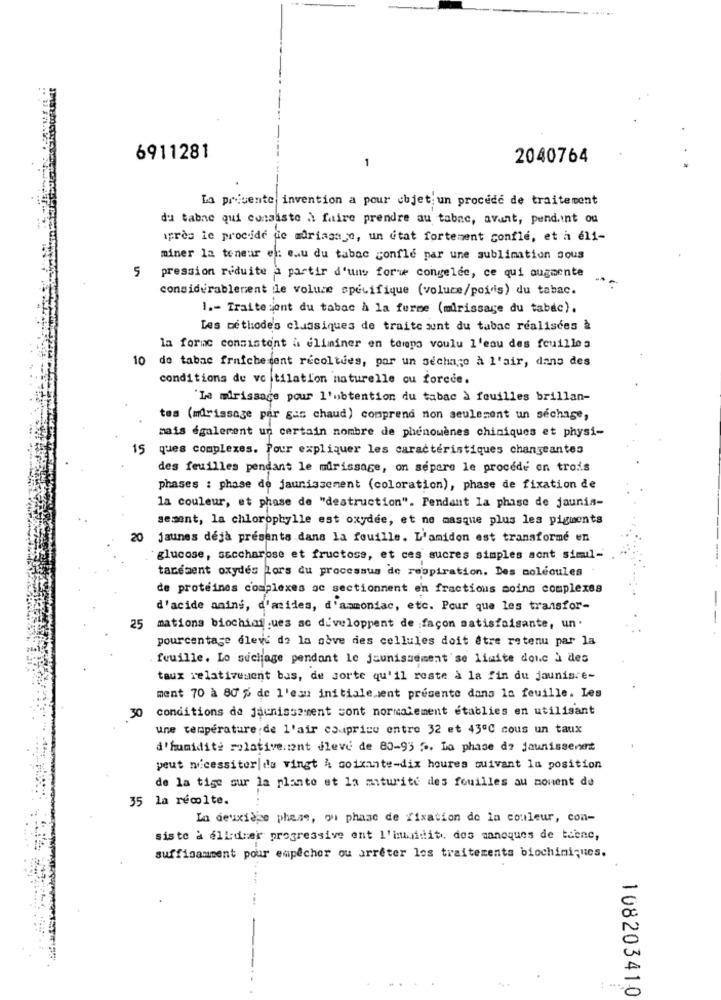
6911281
1
2040764
La privente invention a pour objet un procede de traitement
du tabne qui consiste à faire prendre au tabac, avant, pendant ou
après le procide de mariasa o, un état fortement confle, et a él1-
miner la teneur el: eau du tabac gonfle par une sublimation sous
5
pression réduite à partir d'uns forwe congelée, ce qui augmente
considérablement le volume spécifique (voluce/poids) du tabac.
1 .- Traite sont du tabac à la ferme (mirissage du tabac).
Les méthodes classiques de traite sunt du tabac réalisées à
la fornc consistent à éliminer en torno voulu l'eau des feuilles
10 de tabac fraichesent recoltues, por un séchage à l'air, dans des
conditions de vo tilation naturelle ou forcce.
'Le mirissage pour l'obtention du tabac à feuilles brillan-
tes (mirissage par gas chaud) comprend non seulement un séchage,
mais également un certain nombre de phénomènes chiniques et physi-
15
ques complexes. Pour expliquer les caractéristiques changeantes
des feuilles pendant le murissage, on separe le procédé on trois
phases : phase de jaunissement (coloration), phase de fixation de
la couleur, et phase de "destruction". Pendant la phase de jaunis-
sesent, la chlorophylle est oxydee, et ne masque plus les pigments
20
jaunes déjà présents dans la fouille. L'amidon est transformé en
glucose, saccharose et fructosa, et ces sucres simples sont simul-
tacement oxydes lors du processus de respiration. Des molécules
de protéines complexes ac sectionnent en fractions moins complexes
d'acide anins, d'acides, d'ammoniac, etc. Pour que les transfor-
25
mations biochimiques ac duveloppent de façon satisfaisante, un.
pourcentage élevé de la abve des cellules doit être retenu par la
feuille. Lo suchage pendant le jaunissement'se limite donc à des
taux relativement bas, de sorte qu'il reste à la fin du jaunisre-
ment 70 à 80 % de l'eau initiale went presente dans la feuille. Les
30 conditions da Jaunissement sont normalement établies en utilisant
une température;de l'air csaprice entre 32 et 430℃ cous un taux
d'humidité relativement dleve de 80-93 ". La phase do jaunissent
peut nécessiter|de vingt A soixante-dix heures suivant la position
de la tige sur la planto et la miturite des fouilles au moment de
35 la récolte.
La deuxièjse phase, oui phase de fixation de la couleur, con-
siste à elidiar progressive ent l'inuniditi dos manoques de tabac,
suffisamment pour empêcher ou arrêter les traitements biochimiques.
:
108203410